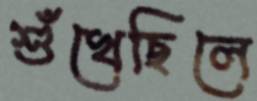
শুঁখেছিলে